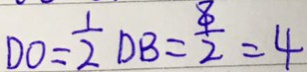
D O = \frac { 1 } { 2 } D B = \frac { 8 } { 2 } = 4